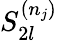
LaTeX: S_{2l}^{(n_{j})}